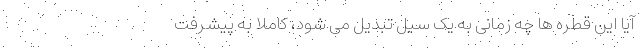
آیا این قطره ها چه زمانی به یک سیل تبدیل می شود، کاملاً به پیشرفت